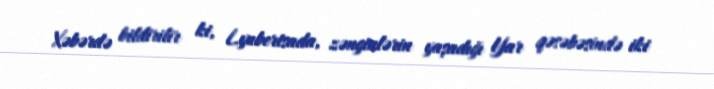
Xəbərdə bildirilir ki, Lyubertsada, zənginlərin yaşadığı Yar qəsəbəsində iki